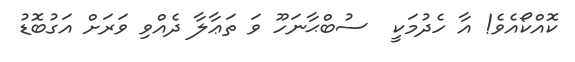
ކޮއްކޯއެވެ! އާ ހެދުމަކީ  ސުބްޙާނަހޫ ވަ ތަޢާލާ ދެއްވި ވަރަށް އަގުބޮޑު